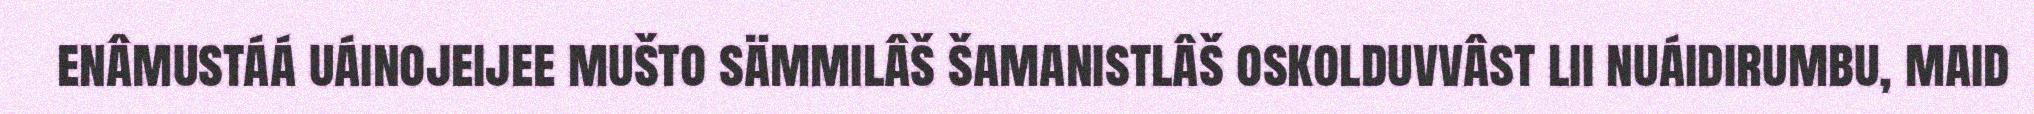
enâmustáá uáinojeijee mušto sämmilâš šamanistlâš oskolduvvâst lii nuáidirumbu, maid